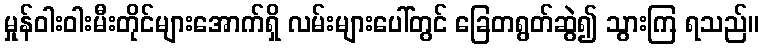
မှုန်ဝါးဝါးမီးတိုင်များအောက်ရှိ လမ်းများပေါ်တွင် ခြေတရွတ်ဆွဲ၍ သွားကြ ရသည်။